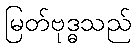
မြတ်ဗုဒ္ဓသည်